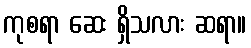
ကုစရာ ဆေး ရှိသလား ဆရာ။